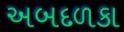
અબદળકા